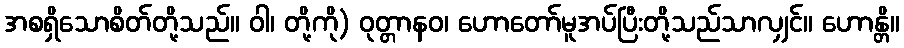
အစရှိသောစိတ်တို့သည်။ ဝါ၊ တို့ကို) ဝုတ္တာနဝ၊ ဟောတော်မူအပ်ပြီးတို့သည်သာလျှင်။ ဟောန္တိ။